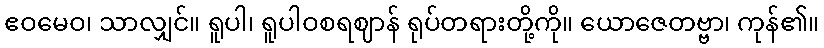
ဧဝမေဝ၊ သာလျှင်။ ရူပါ၊ ရူပါဝစရဈာန် ရုပ်တရားတို့ကို။ ယောဇေတဗ္ဗာ၊ ကုန်၏။